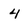
Character: 4